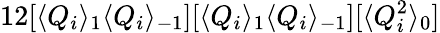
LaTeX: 12[\langle Q_{i}\rangle_{1}\langle Q_{i}\rangle_{-1}][\langle Q_{i}\rangle_{1}\langle Q_{i}\rangle_{-1}][\langle Q_{i}^{2}\rangle_{0}]